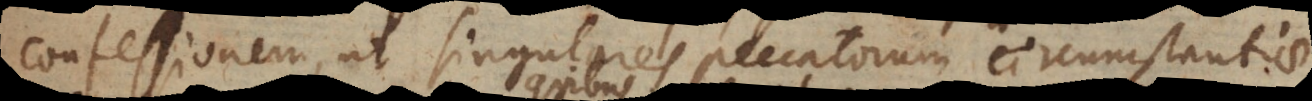
confessionem, ut singulares peccatorum circumstantiae